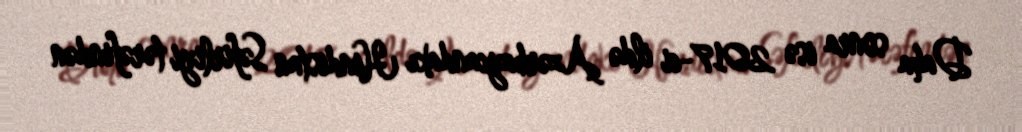
Daha sonra isə 2017-ci ildə Azərbaycandakı Hindistan Səfirliyi tərəfindən